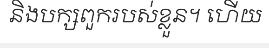
និងបក្សពួករបស់ខ្លួន។ ហើយ